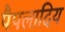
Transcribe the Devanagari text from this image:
पैपलादिय